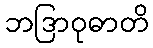
ဘဒြာဝုဓာတိ